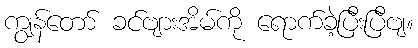
ကျွန်တော် ခင်ဗျားအိမ်ကို ရောက်ခဲ့ပြီးပြီဗျ။